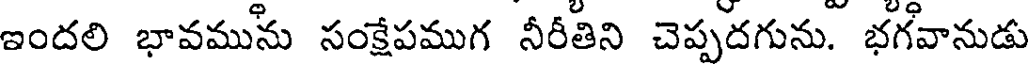
ఇందలి భావమును సంక్షేపముగ నీరీతిని చెప్పదగును. భగవానుడు